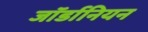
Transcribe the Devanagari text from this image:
जॉर्डानियन